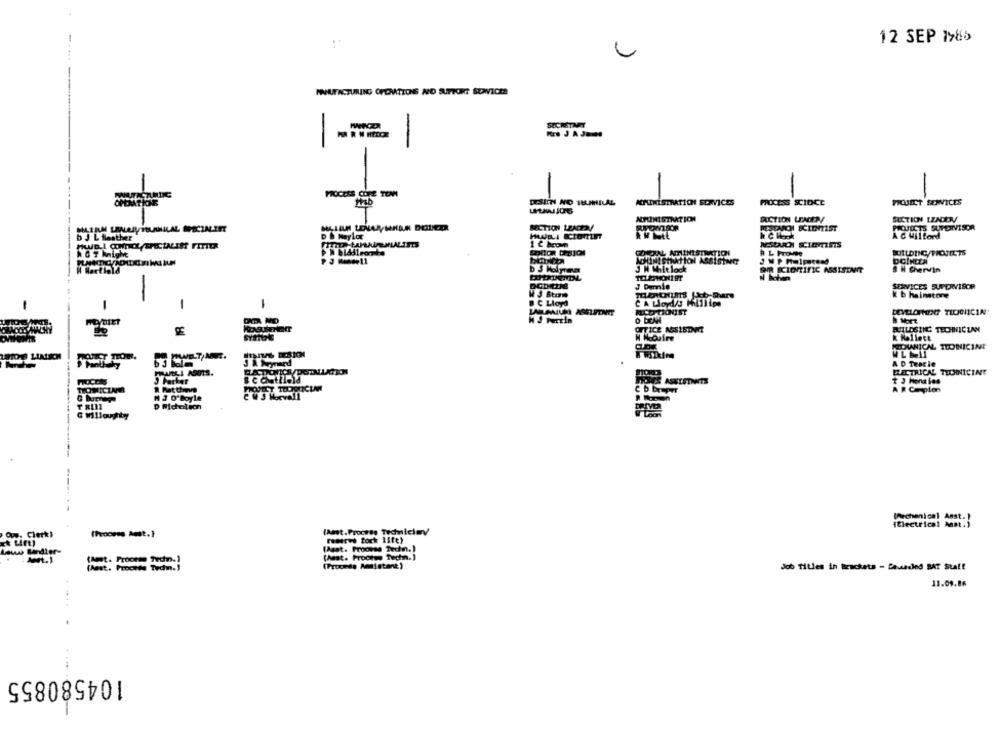
12 SEP 1985
MANUFACTURING OPOMTTONS NO SUPPORT SONTCZS
-
-
PROCESS COPE TOMM
ACPUNESTRATION SERVICES
PROCESS SCIDCE
FICHECT SERVICES
NMINISTRATION
DUCTION LEADER/
SECTION LZADD
MICTION LEADER/
RESTNOH ECIDOIST
PROJECTS SUPERVISOR
A & Wiltord
b J L Nastheer
D & Naylor
MSUOI CIemSIS
* & T knight
CORAL NAINISIMMATION
BUILDING/PROJECTS
b 3 Helyrea
J N Whilelock
BIR SCIENTIFIC ASSISTANT
SH Chervin
J Dumnie
SERVICES SUPERVISOR
k b hainstore
-
-
& C Lloyd
KLCO TIONIST
LEVELONEENT TLOGIICIN!
M J Furtin
O DENNE
I Mort
OFFICE ASSISTANT
BUILDSING TECHNICIAN
k Hallett
MECHANICAL TIONICINE
LIAISON
QUIET TION.
A D Teacie
ELECTRICAL TECHNICINE
3 Parker
ASKTOTHETS
A P Cepion
TECHNICIAN
M J O'Boyle
D Michclech
DRIVER
--
[Mechanical Aast.]
iElectrical Aast .)
Owy. Clerk
(Process Amst.]
(Amt.Process Technicien/
(Asst. Proovse Techn.)
Low Bandler-
(Amat. Prootes Techn. )
Amt.1
(Amt. Proceso Techn. )
(Anst. Procede Techm.)
(Process Amistant)
Job Titles in Brackets - Cavauled BAT Staff
11.09.86
104580855